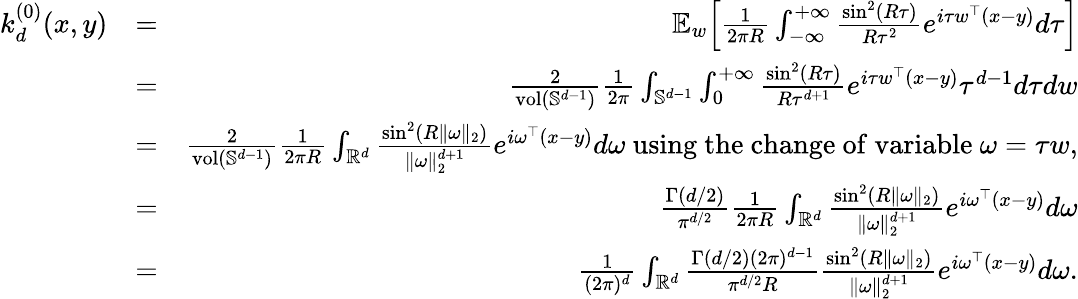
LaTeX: \begin{array}{rlr}{k_{d}^{(0)}(x,y)}&{=}&{{\mathbb E}_{w}\Big[\frac{1}{2\pi R}\int_{-\infty}^{+\infty}\frac{\sin^{2}(R\tau)}{R\tau^{2}}e^{i\tau w^{\top}(x-y)}d\tau\Big]}\\ &{=}&{\frac{2}{\mathrm{vol}({\mathbb{S}}^{d-1})}\frac{1}{2\pi}\int_{{\mathbb{S}}^{d-1}}\int_{0}^{+\infty}\frac{\sin^{2}(R\tau)}{R\tau^{d+1}}e^{i\tau w^{\top}(x-y)}\tau^{d-1}d\tau dw}\\ &{=}&{\frac{2}{\mathrm{vol}({\mathbb{S}}^{d-1})}\frac{1}{2\pi R}\int_{\mathbb{{R}}^{d}}\frac{\sin^{2}(R\| \omega\| _{2})}{\| \omega\| _{2}^{d+1}}e^{i\omega^{\top}(x-y)}d\omega\mathrm{~using~the~change~of~variable~}\omega=\tau w,}\\ &{=}&{\frac{\Gamma(d/2)}{\pi^{d/2}}\frac{1}{2\pi R}\int_{\mathbb{{R}}^{d}}\frac{\sin^{2}(R\| \omega\| _{2})}{\| \omega\| _{2}^{d+1}}e^{i\omega^{\top}(x-y)}d\omega}\\ &{=}&{\frac{1}{(2\pi)^{d}}\int_{\mathbb{{R}}^{d}}\frac{\Gamma(d/2)(2\pi)^{d-1}}{\pi^{d/2}R}\frac{\sin^{2}(R\| \omega\| _{2})}{\| \omega\| _{2}^{d+1}}e^{i\omega^{\top}(x-y)}d\omega.}\end{array}